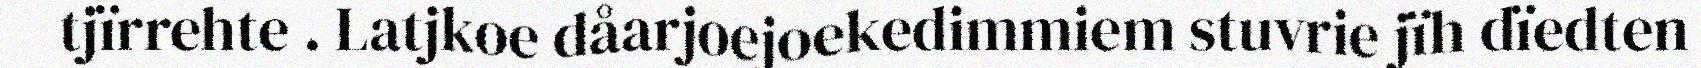
tjïrrehte . Latjkoe dåarjoejoekedimmiem stuvrie jïh dïedten